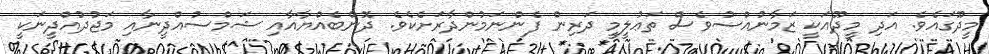
މީދޫގައެވެ. އަދި މީދޫއަކީ ޒަމާނުއްސުވެސް ތަޢުލީމީ ދަރިން ފެންނަމުންދާރަށެކެވެ. ދޮންބެއްޔާއާއި ޝަމްސުއްދީނާއި މަޖުދުއްދީނަކީ